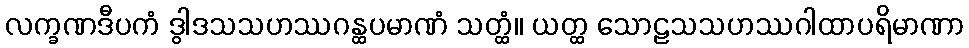
လက္ခဏဒီပကံ ဒွါဒသသဟဿဂန္ထပမာဏံ သတ္ထံ။ ယတ္ထ သောဠသသဟဿဂါထာပရိမာဏာ